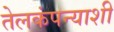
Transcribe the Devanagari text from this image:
तेलकंपन्याशी